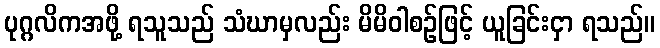
ပုဂ္ဂလိကအဖို့ ရသူသည် သံဃာမှလည်း မိမိဝါစဉ်ဖြင့် ယူခြင်းငှာ ရသည်။